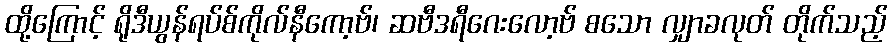
ထို့ကြောင့် ရိုဒီယွန်ရပ်စ်ကိုလ်နီကော့ဗ်၊ ဆဗီဒရီဂေးလော့ဗ် စသော လျှာခလုတ် တိုက်သည့်